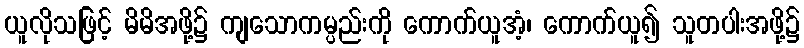
ယူလိုသဖြင့် မိမိအဖို့၌ ကျသောကမ္ပည်းကို ကောက်ယူအံ့၊ ကောက်ယူ၍ သူတပါးအဖို့၌